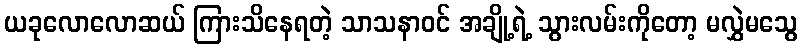
ယခုလောလောဆယ် ကြားသိနေရတဲ့ သာသနာဝင် အချို့ရဲ့ သွားလမ်းကိုတော့ မလွှဲမသွေ